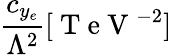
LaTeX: \frac{c_{y_{e}}}{\Lambda^{2}}[\mathrm{~T~e~V~}^{-2}]